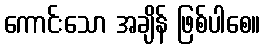
ကောင်းသော အချိန် ဖြစ်ပါစေ။